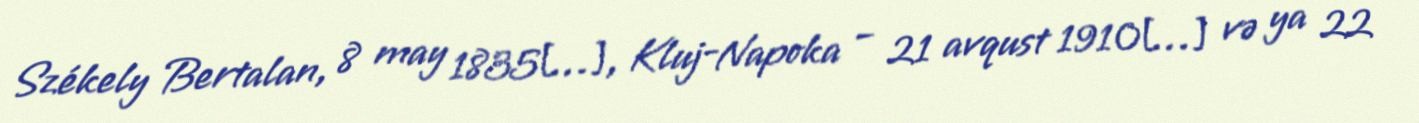
Székely Bertalan, 8 may 1835[…], Kluj-Napoka – 21 avqust 1910[…] və ya 22